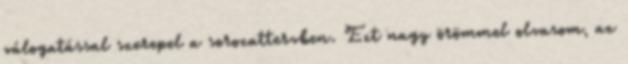
válogatással szerepel a sorozattervben. Ezt nagy örömmel olvasom, az